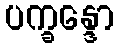
ပက္ခန္ဒော